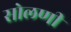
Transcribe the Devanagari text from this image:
सोलणी